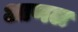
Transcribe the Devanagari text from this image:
आणल